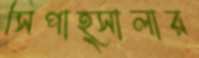
সিপাহ্সালার